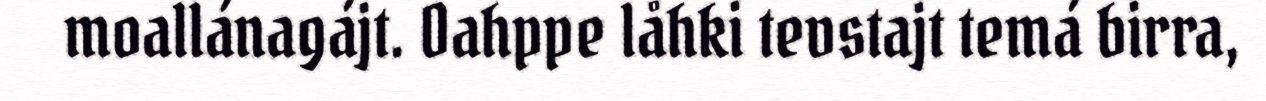
moallánagájt. Oahppe låhki tevstajt temá birra,